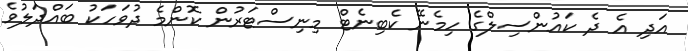
އަދި އެ ދެ ކައުންސިލްގެ ހިމެނޭ ކެބިނެޓް މިނިސްޓަރުން ކޮންމެ ދުވަހަކު ބައްދަލުވެ